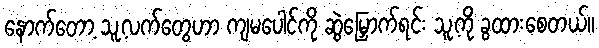
နောက်တော့ သူ့လက်တွေဟာ ကျမပေါင်ကို ဆွဲမြှောက်ရင်း သူ့ကို ခွထားစေတယ်။